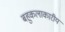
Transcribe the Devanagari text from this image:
बहुकलाकारीय